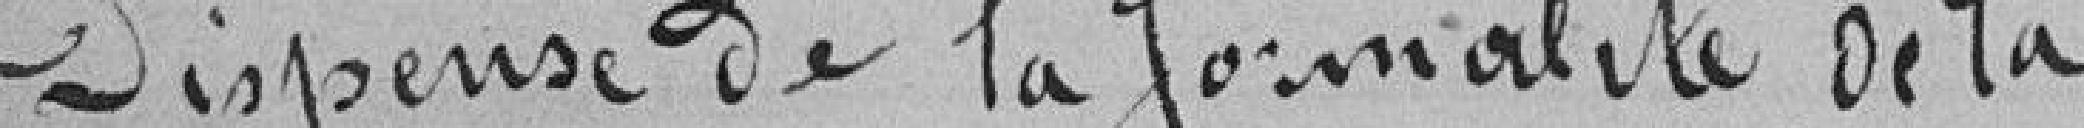
Dispense de la formation de la